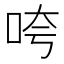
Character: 咵